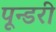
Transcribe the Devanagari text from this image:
पून्डरी